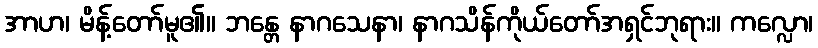
အာဟ၊ မိန့်တော်မူ၏။ ဘန္တေ နာဂသေနာ၊ နာဂသိန်ကိုယ်တော်အရှင်ဘုရား။ ကလ္လော၊